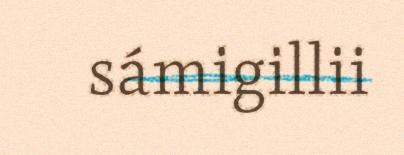
sámigillii